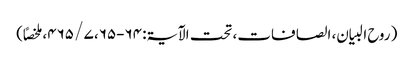
( روح البیان، الصافات، تحت الآیۃ: ۶۴-۶۵، ۷ / ۴۶۵، ملخصاً)